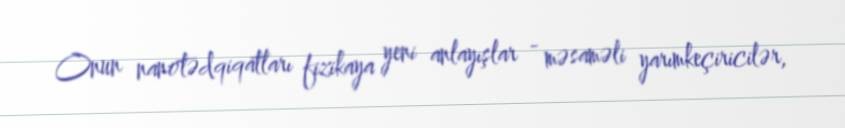
Onun nanotədqiqatları fizikaya yeni anlayışlar - məsaməli yarımkeçiricilər,